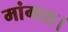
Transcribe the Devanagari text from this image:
मांगता।